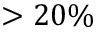
> 2 0 \%